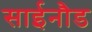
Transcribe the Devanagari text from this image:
साईनौड